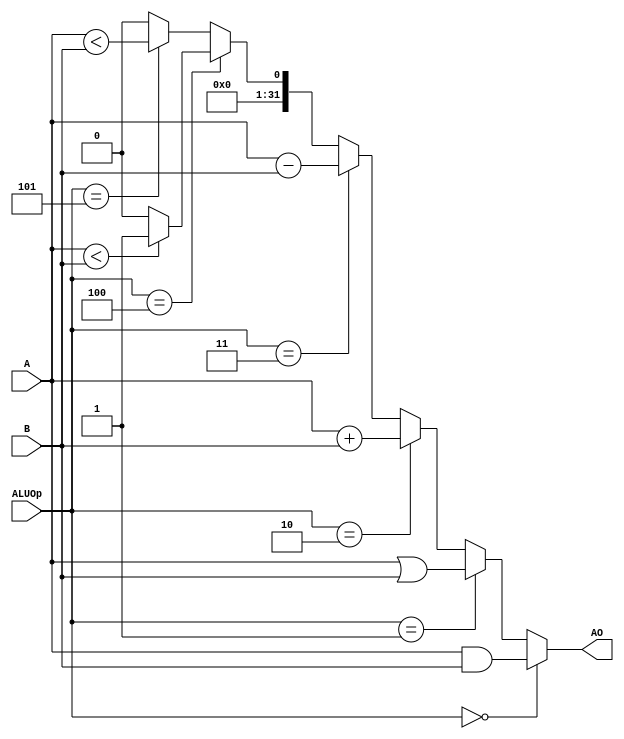
`timescale 1ns / 1ps

module E_ALU(
    input [4:0] ALUOp,
    input [31:0] A,
    input [31:0] B,
    output [31:0] AO
    );
    wire slt = ($signed(A) < $signed(B))? 32'd1: 32'd0;
    assign AO = (ALUOp==5'd0)? (A&B):
                (ALUOp==5'd1)? (A|B):
                (ALUOp==5'd2)? (A+B):
                (ALUOp==5'd3)? (A-B):
                (ALUOp==5'd4)? slt:
                (ALUOp==5'd5)? (A<B):
                32'h0000_0000;

endmodule